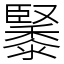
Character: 䵖